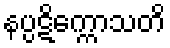
နပ္ပဋိက္ကောသတိ